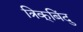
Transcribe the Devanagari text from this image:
त्रिक्‌बिंदु